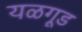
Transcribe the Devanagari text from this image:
यळगूड